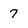
Character: 7